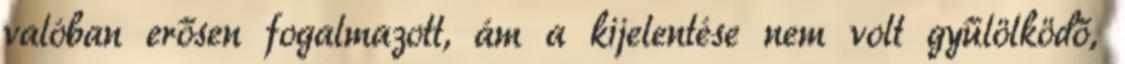
valóban erősen fogalmazott, ám a kijelentése nem volt gyűlölködő,